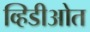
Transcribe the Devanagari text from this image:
व्हिडीओत